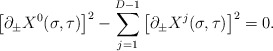
\begin{align*}\left[\partial_{\pm} X^0(\sigma,\tau)\right]^2-\sum_{j=1}^{D-1}\left[\partial_{\pm} X^j(\sigma,\tau)\right]^2=0.\end{align*}